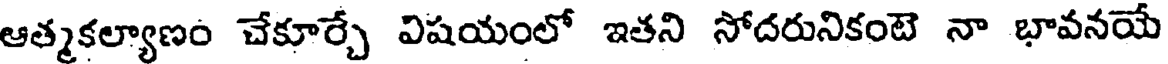
ఆత్మకల్యాణం చేకూర్చే విషయంలో ఇతని సోదరునికంటె నా భావనయే